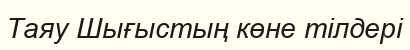
Таяу Шығыстың көне тілдері